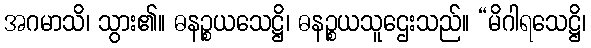
အဂမာသိ၊ သွား၏။ ဓနဉ္စယသေဋ္ဌိ၊ ဓနဉ္စယသူဌေးသည်။ “မိဂါရသေဋ္ဌိ၊